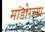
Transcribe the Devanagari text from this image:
मांडोरच्या